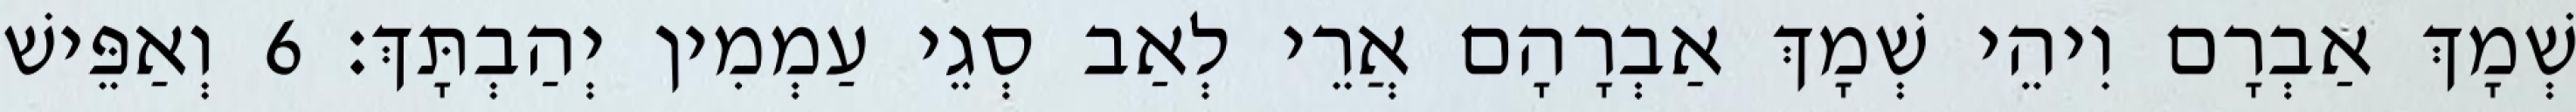
שְׁמָךְ אַבְרָם וִיהֵי שְׁמָךְ אַבְרָהָם אֲרֵי לְאַב סְגֵי עַמְמִין יְהַבְתָּךְ׃ 6 וְאַפֵּישׁ